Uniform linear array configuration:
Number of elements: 4
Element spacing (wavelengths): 0.5
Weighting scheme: blackman
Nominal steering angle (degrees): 45
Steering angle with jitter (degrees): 45.651
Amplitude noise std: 0.05
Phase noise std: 0.05

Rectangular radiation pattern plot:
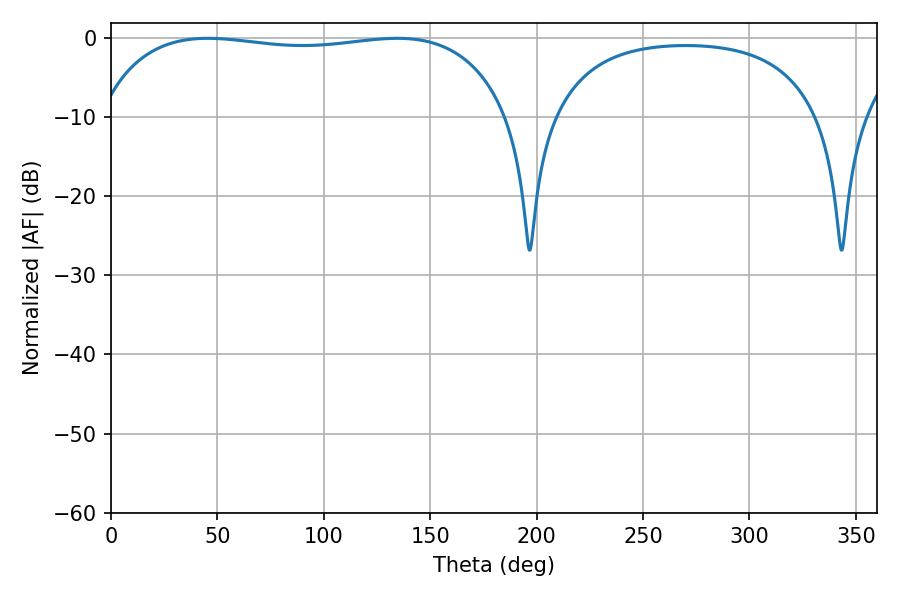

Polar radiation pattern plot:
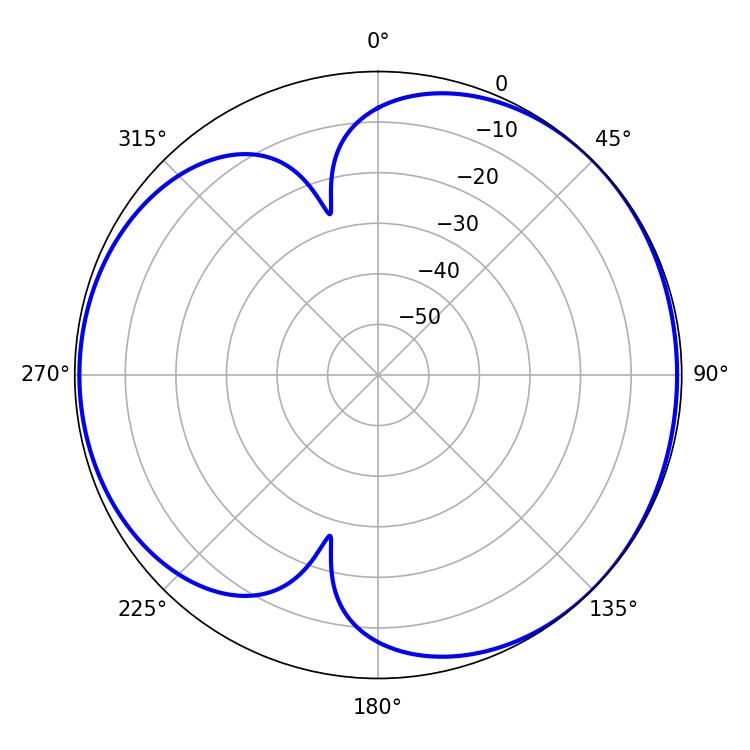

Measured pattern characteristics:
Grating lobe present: FALSE
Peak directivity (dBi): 4.557
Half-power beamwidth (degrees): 155.16
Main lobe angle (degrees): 45.54